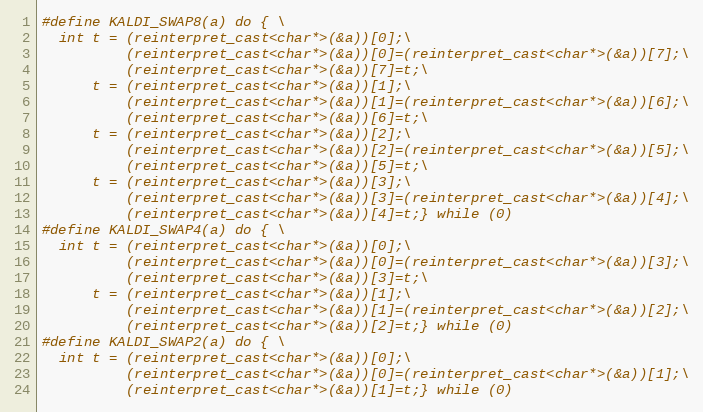
Language: C
#define KALDI_SWAP8(a) do { \
  int t = (reinterpret_cast<char*>(&a))[0];\
          (reinterpret_cast<char*>(&a))[0]=(reinterpret_cast<char*>(&a))[7];\
          (reinterpret_cast<char*>(&a))[7]=t;\
      t = (reinterpret_cast<char*>(&a))[1];\
          (reinterpret_cast<char*>(&a))[1]=(reinterpret_cast<char*>(&a))[6];\
          (reinterpret_cast<char*>(&a))[6]=t;\
      t = (reinterpret_cast<char*>(&a))[2];\
          (reinterpret_cast<char*>(&a))[2]=(reinterpret_cast<char*>(&a))[5];\
          (reinterpret_cast<char*>(&a))[5]=t;\
      t = (reinterpret_cast<char*>(&a))[3];\
          (reinterpret_cast<char*>(&a))[3]=(reinterpret_cast<char*>(&a))[4];\
          (reinterpret_cast<char*>(&a))[4]=t;} while (0)
#define KALDI_SWAP4(a) do { \
  int t = (reinterpret_cast<char*>(&a))[0];\
          (reinterpret_cast<char*>(&a))[0]=(reinterpret_cast<char*>(&a))[3];\
          (reinterpret_cast<char*>(&a))[3]=t;\
      t = (reinterpret_cast<char*>(&a))[1];\
          (reinterpret_cast<char*>(&a))[1]=(reinterpret_cast<char*>(&a))[2];\
          (reinterpret_cast<char*>(&a))[2]=t;} while (0)
#define KALDI_SWAP2(a) do { \
  int t = (reinterpret_cast<char*>(&a))[0];\
          (reinterpret_cast<char*>(&a))[0]=(reinterpret_cast<char*>(&a))[1];\
          (reinterpret_cast<char*>(&a))[1]=t;} while (0)